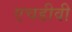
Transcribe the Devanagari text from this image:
एचडीवी